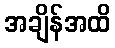
အချိန်အထိ